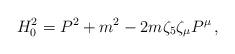
LaTeX: \begin{align*}H_0^2=P^2 + m^2 - 2m\zeta_5\zeta_\mu P^\mu\,,\end{align*}